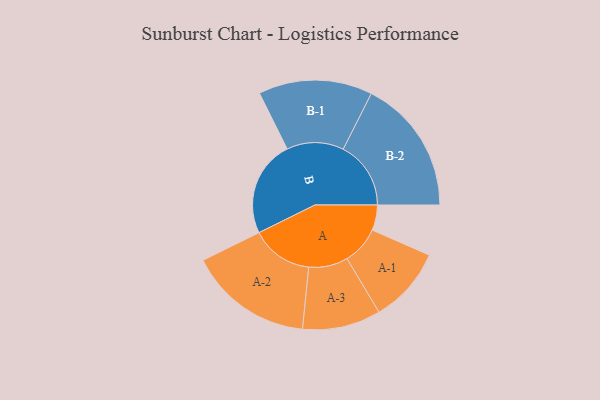
{"axis": {"x": "Segment", "y": "Value"}, "legend": ["", "A", "B"], "data": [{"x": "A", "y": 104, "type": ""}, {"x": "B", "y": 395, "type": ""}, {"x": "A-1", "y": 156, "type": "A"}, {"x": "A-2", "y": 255, "type": "A"}, {"x": "A-3", "y": 161, "type": "A"}, {"x": "B-1", "y": 234, "type": "B"}, {"x": "B-2", "y": 278, "type": "B"}]}